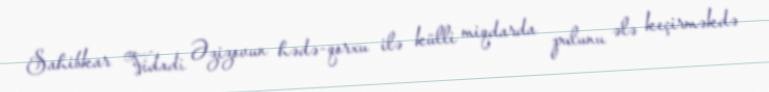
Sahibkar Vidadi Əzizovun hədə-qorxu ilə külli miqdarda pulunu ələ keçirməkdə